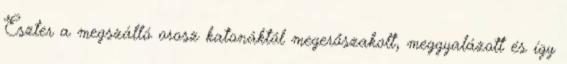
Eszter a megszálló orosz katonáktól megerőszakolt, meggyalázott és így